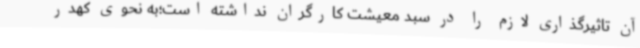
آن تاثیرگذاری لازم را در سبد معیشت کارگران نداشته است؛به نحوی کهدر